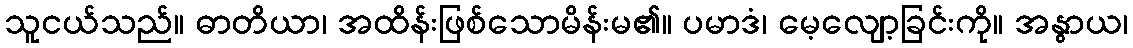
သူငယ်သည်။ ဓာတိယာ၊ အထိန်းဖြစ်သောမိန်းမ၏။ ပမာဒံ၊ မေ့လျော့ခြင်းကို။ အနွာယ၊